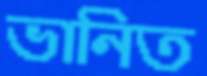
ভানিত